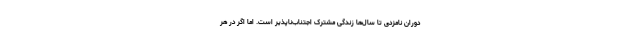
دوران نامزدی تا سال‌ها زندگی مشترک اجتناب‌ناپذیر است. اما اگر در هر